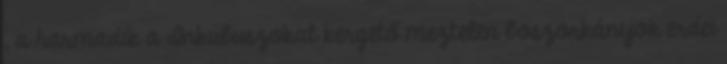
, a harmadik a Inkubuszokat kergető meztelen boszorkányok erdei